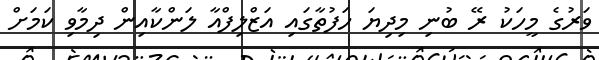
ވަރުގެ މީހަކު ރޭ ބުނި މިދިޔަ ހަފުތާގައި އަޒްލިފްއާ ލަންކާއިން ދިމާވި ކަމަށް